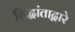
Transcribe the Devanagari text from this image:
सिद्धांताद्वारे